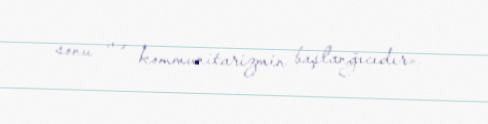
sonu və kommunitarizmin başlanğıcıdır».